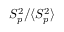
S _ { p } ^ { 2 } / \langle S _ { p } ^ { 2 } \rangle